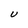
Character: U